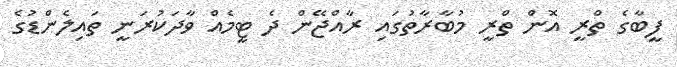
ފީބާގެ ތްރީ އޮން ތްރީ މުބާރާތުގައި ރާއްޖޭން ދެ ޓީމެއް ވާދަކުރަނީ ތައިލެންޑުގެ